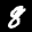
Label: 8